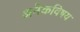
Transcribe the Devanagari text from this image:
अनेकविषय